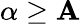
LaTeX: \alpha\ge\mathbf{A}